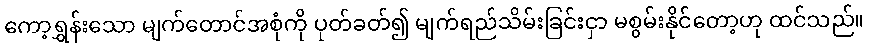
ကော့ရွှန်းသော မျက်တောင်အစုံကို ပုတ်ခတ်၍ မျက်ရည်သိမ်းခြင်းငှာ မစွမ်းနိုင်တော့ဟု ထင်သည်။